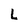
Character: L